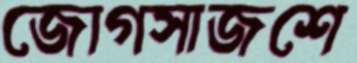
জোগসাজশে